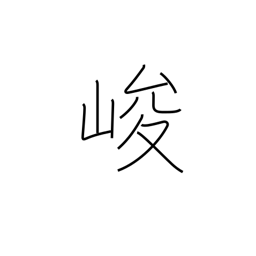
Meaning: steep